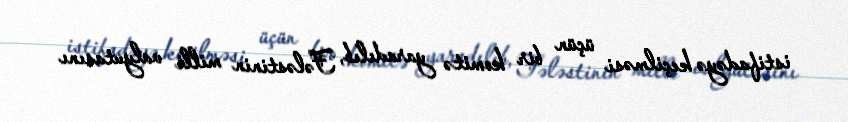
istifadəyə keçilməsi üçün bir komitə yaradılıb, Fələstinin milli valyutasını